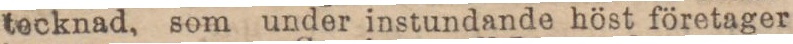
tecknad, som under instundande höst företager